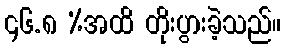
၄၆.၈ %အထိ တိုးပွားခဲ့သည်။